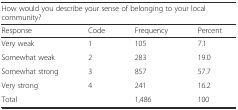
<table><thead><tr><td colspan="4"><b>How would you describe your sense of belonging to your local community?</b></td></tr><tr><td><b>Response</b></td><td><b>Code</b></td><td><b>Frequency</b></td><td><b>Percent</b></td></tr></thead><tbody><tr><td>Very weak</td><td>1</td><td>105</td><td>7.1</td></tr><tr><td>Somewhat weak</td><td>2</td><td>283</td><td>19.0</td></tr><tr><td>Somewhat strong</td><td>3</td><td>857</td><td>57.7</td></tr><tr><td>Very strong</td><td>4</td><td>241</td><td>16.2</td></tr><tr><td>Total</td><td></td><td>1,486</td><td>100</td></tr></tbody></table>